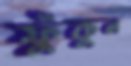
ফুঁকুন